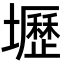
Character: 壢